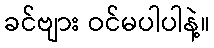
ခင်ဗျား ဝင်မပါပါနဲ့။